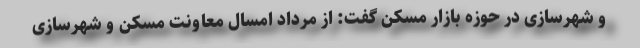
و شهرسازی در حوزه بازار مسکن گفت: از مرداد امسال معاونت مسکن و شهرسازی